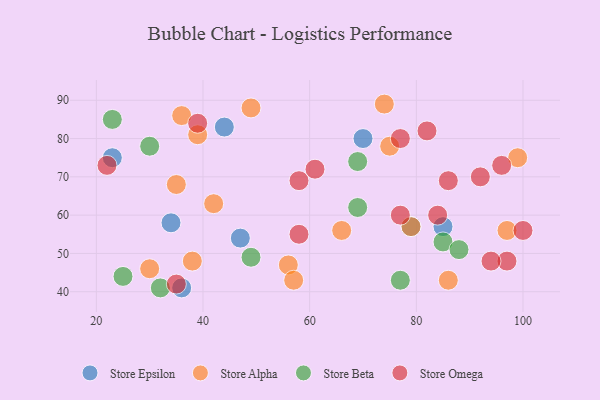
{"axis": {"x": "GDP", "y": "Life Expectancy"}, "legend": ["Store Alpha", "Store Beta", "Store Epsilon", "Store Omega"], "data": [{"x": "47", "y": 54, "type": "Store Epsilon"}, {"x": "70", "y": 80, "type": "Store Epsilon"}, {"x": "85", "y": 57, "type": "Store Epsilon"}, {"x": "44", "y": 83, "type": "Store Epsilon"}, {"x": "79", "y": 57, "type": "Store Epsilon"}, {"x": "36", "y": 41, "type": "Store Epsilon"}, {"x": "34", "y": 58, "type": "Store Epsilon"}, {"x": "23", "y": 75, "type": "Store Epsilon"}, {"x": "39", "y": 81, "type": "Store Alpha"}, {"x": "36", "y": 86, "type": "Store Alpha"}, {"x": "38", "y": 48, "type": "Store Alpha"}, {"x": "49", "y": 88, "type": "Store Alpha"}, {"x": "86", "y": 43, "type": "Store Alpha"}, {"x": "74", "y": 89, "type": "Store Alpha"}, {"x": "35", "y": 68, "type": "Store Alpha"}, {"x": "75", "y": 78, "type": "Store Alpha"}, {"x": "56", "y": 47, "type": "Store Alpha"}, {"x": "42", "y": 63, "type": "Store Alpha"}, {"x": "99", "y": 75, "type": "Store Alpha"}, {"x": "97", "y": 56, "type": "Store Alpha"}, {"x": "30", "y": 46, "type": "Store Alpha"}, {"x": "57", "y": 43, "type": "Store Alpha"}, {"x": "79", "y": 57, "type": "Store Alpha"}, {"x": "66", "y": 56, "type": "Store Alpha"}, {"x": "49", "y": 49, "type": "Store Beta"}, {"x": "30", "y": 78, "type": "Store Beta"}, {"x": "69", "y": 74, "type": "Store Beta"}, {"x": "23", "y": 85, "type": "Store Beta"}, {"x": "85", "y": 53, "type": "Store Beta"}, {"x": "25", "y": 44, "type": "Store Beta"}, {"x": "69", "y": 62, "type": "Store Beta"}, {"x": "77", "y": 43, "type": "Store Beta"}, {"x": "32", "y": 41, "type": "Store Beta"}, {"x": "88", "y": 51, "type": "Store Beta"}, {"x": "77", "y": 60, "type": "Store Omega"}, {"x": "39", "y": 84, "type": "Store Omega"}, {"x": "96", "y": 73, "type": "Store Omega"}, {"x": "22", "y": 73, "type": "Store Omega"}, {"x": "86", "y": 69, "type": "Store Omega"}, {"x": "58", "y": 69, "type": "Store Omega"}, {"x": "58", "y": 55, "type": "Store Omega"}, {"x": "97", "y": 48, "type": "Store Omega"}, {"x": "82", "y": 82, "type": "Store Omega"}, {"x": "61", "y": 72, "type": "Store Omega"}, {"x": "94", "y": 48, "type": "Store Omega"}, {"x": "84", "y": 60, "type": "Store Omega"}, {"x": "35", "y": 42, "type": "Store Omega"}, {"x": "92", "y": 70, "type": "Store Omega"}, {"x": "100", "y": 56, "type": "Store Omega"}, {"x": "77", "y": 80, "type": "Store Omega"}]}